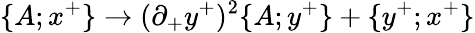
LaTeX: \{ A;x^{+}\} \rightarrow(\partial_{+}y^{+})^{2}\{ A;y^{+}\} +\{ y^{+};x^{+}\}